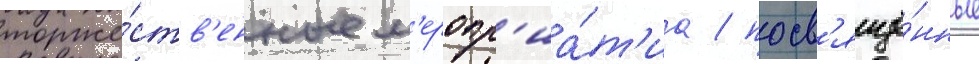
торже́ств'енные м'еропр'иа́т'иа / посв'ящё́нные